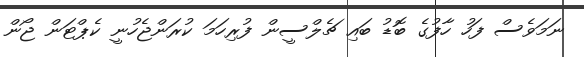
ނަމަވެސް ފަހު ހާފުގެ ބޮޑު ބައި ޗެލްސީން ފުރިހަމަ ކުރަންޖެހުނީ ކެޕްޓަން ޖޯން